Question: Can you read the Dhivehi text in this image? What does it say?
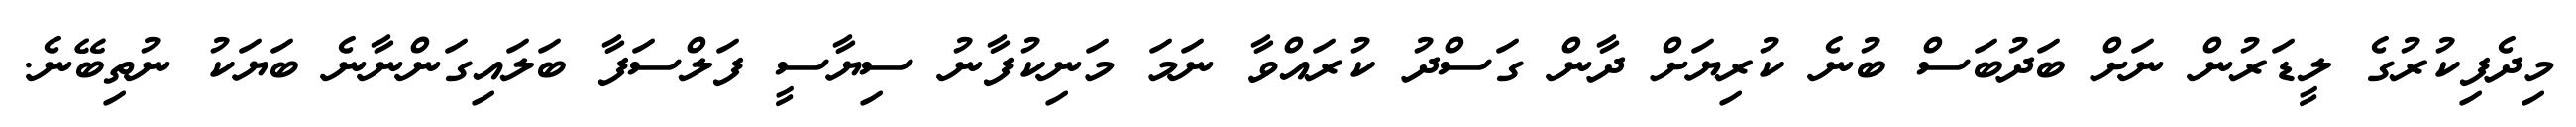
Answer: މިދެފިކުރުގެ ލީޑަރުން ނަށް ބަދުބަސް ބުނެ ކުރިޔަށް ދާން ގަސްދު ކުރައްވާ ނަމަ މަނިކުފާނު ސިޔާސީ ފަލްސަފާ ބަލައިގަންނާނެ ބަޔަކު ނުތިބޭނެ.